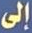
إلى